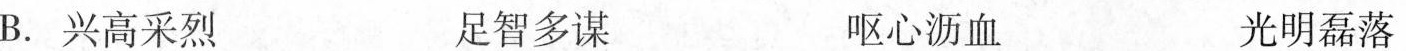
B.兴高采烈 足智多谋 呕心沥血 光明磊落